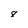
Character: 8